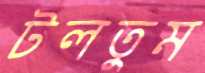
টলতুম